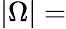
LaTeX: |\Omega|=